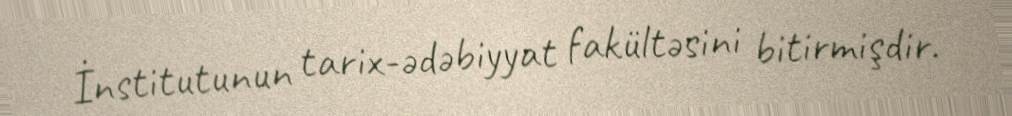
İnstitutunun tarix-ədəbiyyat fakültəsini bitirmişdir.